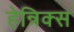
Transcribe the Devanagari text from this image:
हेन्रिक्स